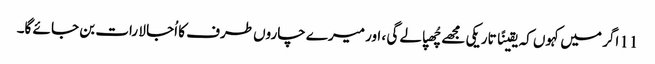
11 اگر میں کہوں کہ یقینًا تاریکی مجھے چُھپا لے گی ، اور میرے چاروں طرف کا اُجا لا رات بن جا ئے گا۔